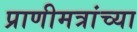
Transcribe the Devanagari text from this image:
प्राणीमत्रांच्या